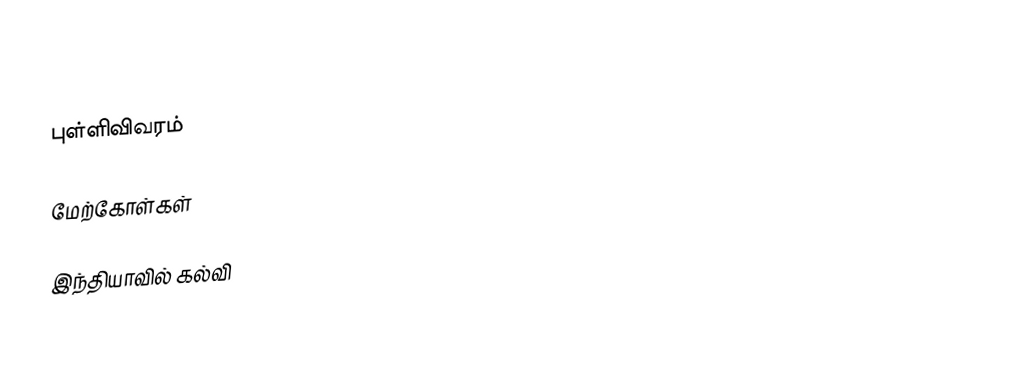

புள்ளிவிவரம்

மேற்கோள்கள்

இந்தியாவில் கல்வி